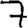
Digit: 7